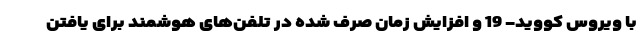
با ویروس کووید- 19 و افزایش زمان صرف شده در تلفن‌های هوشمند برای یافتن